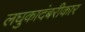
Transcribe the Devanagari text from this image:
लघुकादंबरीकार